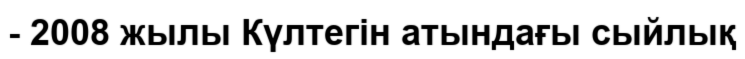
- 2008 жылы Күлтегін атындағы сыйлық